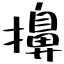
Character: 擤